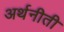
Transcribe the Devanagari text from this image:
अर्थनीती